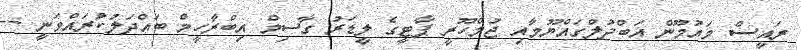
ރައީސް މައުމޫން އަބްދުލްގައްޔޫމާއި ޖުމްހޫރީ ޕާޓީގެ ލީޑަރު ގާސިމް އިބްރާހީމް ބައްދަލުކުރައްވަނީ --